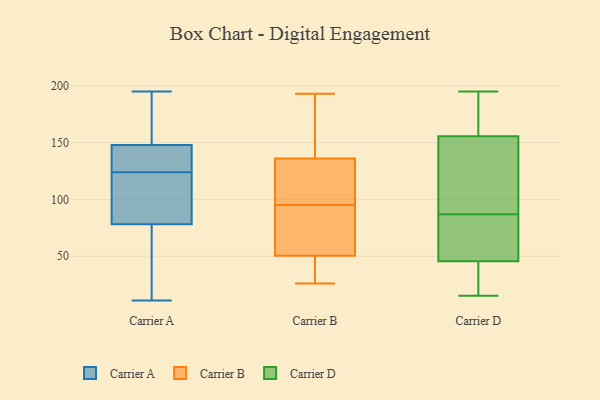
{"axis": {"x": "Customer Acquisition Cost (USD)", "y": "Value"}, "legend": ["Carrier A", "Carrier B", "Carrier D"], "data": [{"x": "", "y": 149, "type": "Carrier A"}, {"x": "", "y": 11, "type": "Carrier A"}, {"x": "", "y": 145, "type": "Carrier A"}, {"x": "", "y": 91, "type": "Carrier A"}, {"x": "", "y": 13, "type": "Carrier A"}, {"x": "", "y": 165, "type": "Carrier A"}, {"x": "", "y": 192, "type": "Carrier A"}, {"x": "", "y": 124, "type": "Carrier A"}, {"x": "", "y": 156, "type": "Carrier A"}, {"x": "", "y": 101, "type": "Carrier A"}, {"x": "", "y": 195, "type": "Carrier A"}, {"x": "", "y": 75, "type": "Carrier A"}, {"x": "", "y": 134, "type": "Carrier A"}, {"x": "", "y": 61, "type": "Carrier A"}, {"x": "", "y": 144, "type": "Carrier A"}, {"x": "", "y": 16, "type": "Carrier A"}, {"x": "", "y": 87, "type": "Carrier A"}, {"x": "", "y": 134, "type": "Carrier A"}, {"x": "", "y": 107, "type": "Carrier A"}, {"x": "", "y": 193, "type": "Carrier B"}, {"x": "", "y": 115, "type": "Carrier B"}, {"x": "", "y": 46, "type": "Carrier B"}, {"x": "", "y": 95, "type": "Carrier B"}, {"x": "", "y": 146, "type": "Carrier B"}, {"x": "", "y": 41, "type": "Carrier B"}, {"x": "", "y": 118, "type": "Carrier B"}, {"x": "", "y": 26, "type": "Carrier B"}, {"x": "", "y": 63, "type": "Carrier B"}, {"x": "", "y": 142, "type": "Carrier B"}, {"x": "", "y": 84, "type": "Carrier B"}, {"x": "", "y": 74, "type": "Carrier D"}, {"x": "", "y": 87, "type": "Carrier D"}, {"x": "", "y": 195, "type": "Carrier D"}, {"x": "", "y": 156, "type": "Carrier D"}, {"x": "", "y": 53, "type": "Carrier D"}, {"x": "", "y": 43, "type": "Carrier D"}, {"x": "", "y": 16, "type": "Carrier D"}, {"x": "", "y": 155, "type": "Carrier D"}, {"x": "", "y": 181, "type": "Carrier D"}, {"x": "", "y": 34, "type": "Carrier D"}, {"x": "", "y": 109, "type": "Carrier D"}, {"x": "", "y": 15, "type": "Carrier D"}, {"x": "", "y": 35, "type": "Carrier D"}, {"x": "", "y": 64, "type": "Carrier D"}, {"x": "", "y": 139, "type": "Carrier D"}, {"x": "", "y": 162, "type": "Carrier D"}, {"x": "", "y": 67, "type": "Carrier D"}, {"x": "", "y": 176, "type": "Carrier D"}, {"x": "", "y": 130, "type": "Carrier D"}]}